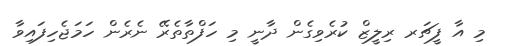
މި އާ ފީޗަރ ރިލީޒް ކުރެވިގެން ދާނީ މި ހަފްތާތެރޭ ނެރެން ހަމަޖެހިފައިވާ